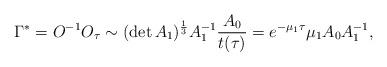
LaTeX: \begin{align*}\Gamma^* = O^{-1} O_\tau \sim (\det A_1)^{\frac13}A_1^{-1}\frac{A_0}{t(\tau)} = e^{-\mu_1\tau} \mu_1 A_0 A_1^{-1},\end{align*}